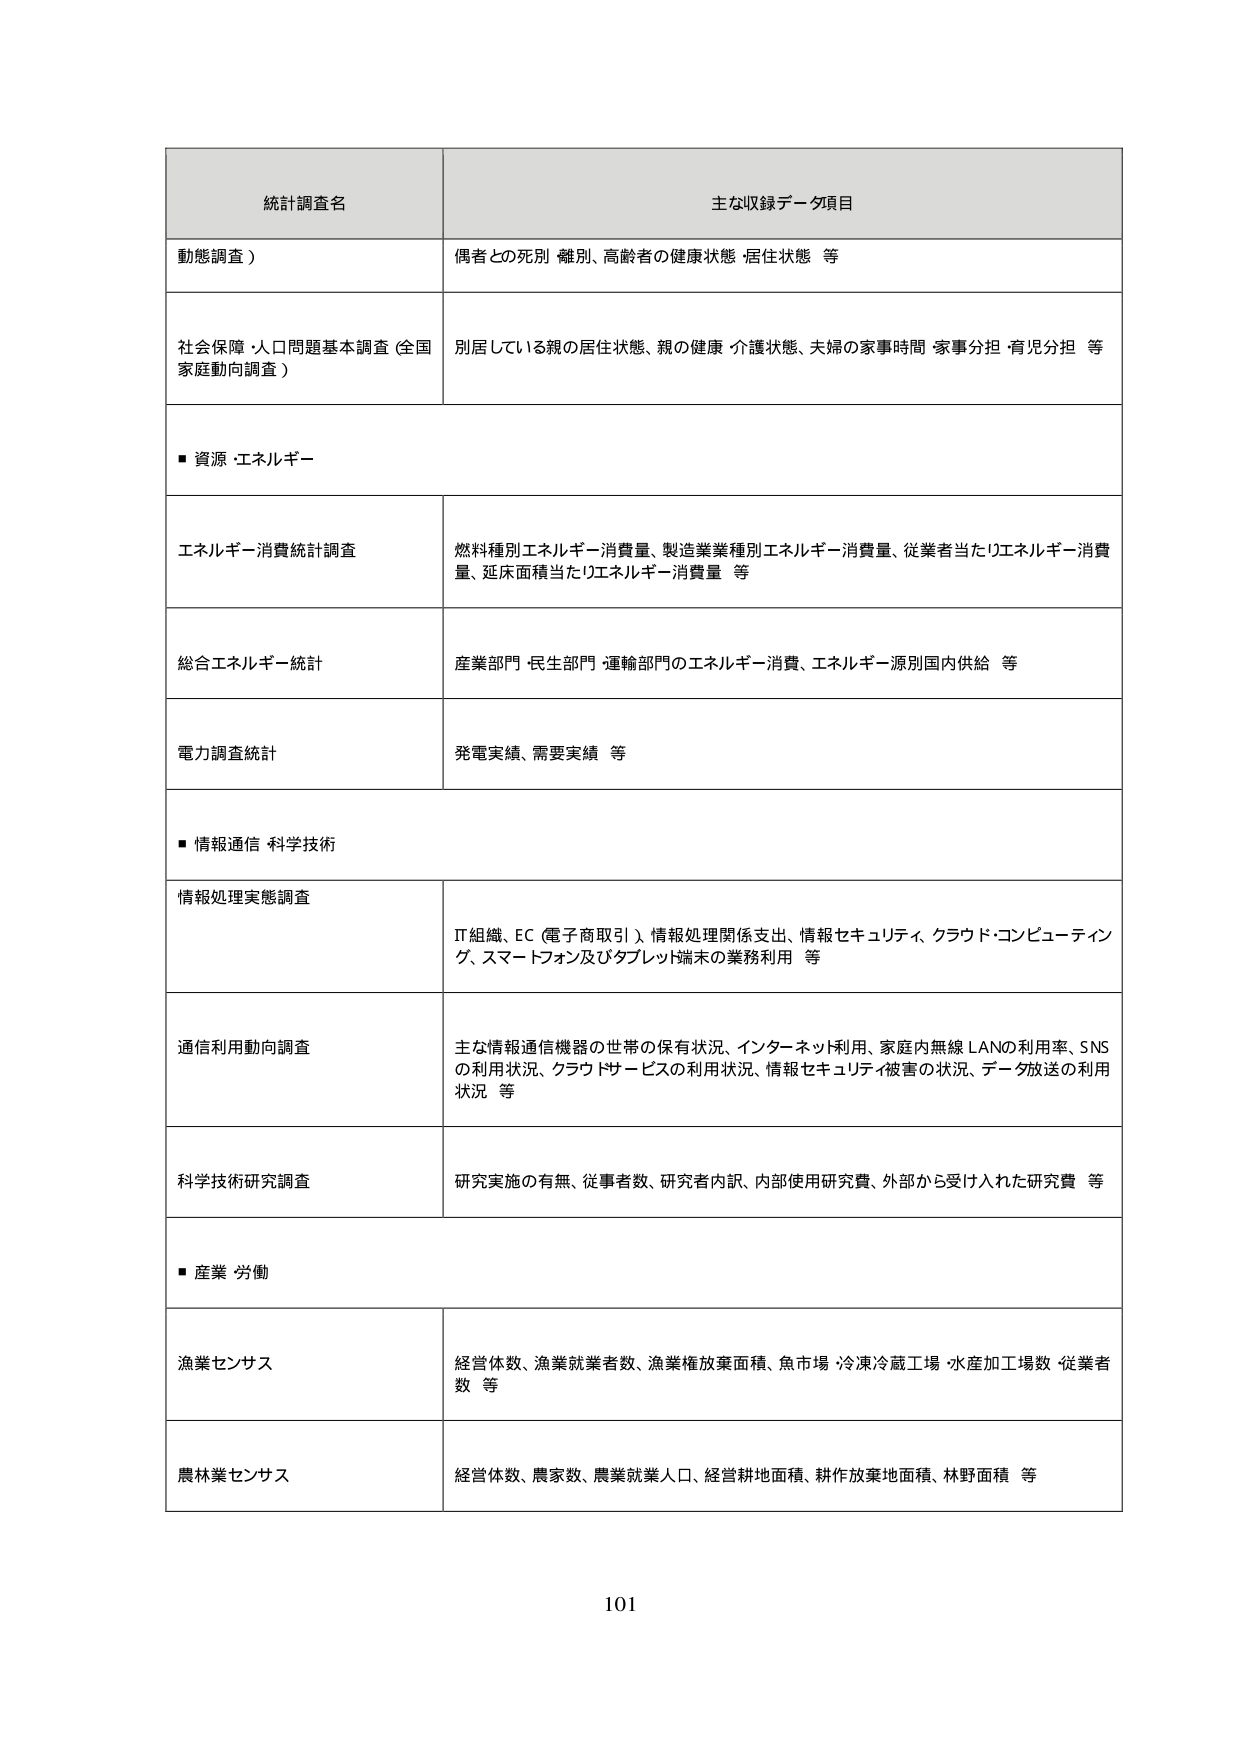
統計調査名
主な収録データ項目

動態調査）
偶者の死別 離別、高齢者の健康状態 居住状態 等

社会保障・人口問題基本調査（全国家庭動向調査）
別居している親の居住状態、親の健康・介護状態、夫婦の家事時間・家事分担・育児分担 等

■ 資源・エネルギー

エネルギー消費統計調査
燃料種別エネルギー消費量、製造業業種別エネルギー消費量、従業者当たりエネルギー消費量、延床面積当たりエネルギー消費量 等

総合エネルギー統計
産業部門・民生部門・運輸部門のエネルギー消費、エネルギー源別国内供給 等

電力調査統計
発電実績、需要実績 等

■ 情報通信・科学技術

情報処理実態調査
IT組織、EC（電子商取引）、情報処理関係支出、情報セキュリティ、クラウド・コンピューティング、スマートフォン及びタブレット端末の業務利用 等

通信利用動向調査
主な情報通信機器の世帯の保有状況、インターネット利用、家庭内無線LANの利用率、SNSの利用状況、クラウドサービスの利用状況、情報セキュリティ被害の状況、データ放送の利用状況 等

科学技術研究調査
研究実施の有無、従事者数、研究者内訳、内部使用研究費、外部から受け入れた研究費 等

■ 産業・労働

漁業センサス
経営体数、漁業就業者数、漁業権放棄面積、魚市場・冷凍冷蔵工場・水産加工場数・従業者数 等

農林業センサス
経営体数、農家数、農業就業人口、経営耕地面積、耕作放棄地面積、林野面積 等

101